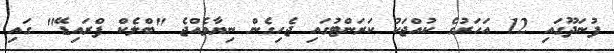
ފުނަދޫގައި 12 އަހަރުގެ ކުއްޖަކު ކަރަންޓުގައި ޖެހިގެން ނިޔާވެއްޖެ "ބްލެކް ފްރައިޑޭ" ގައި